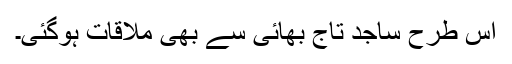
اس طرح ساجد تاج بھائی سے بھی ملاقات ہوگئی۔